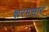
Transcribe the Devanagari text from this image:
शरमसार